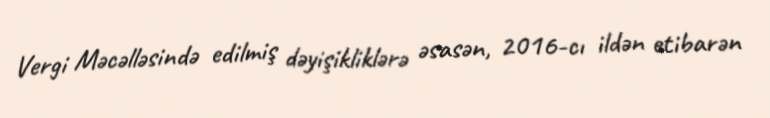
Vergi Məcəlləsində edilmiş dəyişikliklərə əsasən, 2016-cı ildən etibarən